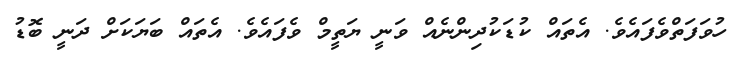
ހުވަފަތްވެފައެވެ. އެތައް ކުޑަކުދިންނެއް ވަނީ ޔަތީމް ވެފައެވެ. އެތައް ބަޔަކަށް ދަނީ ބޮޑު